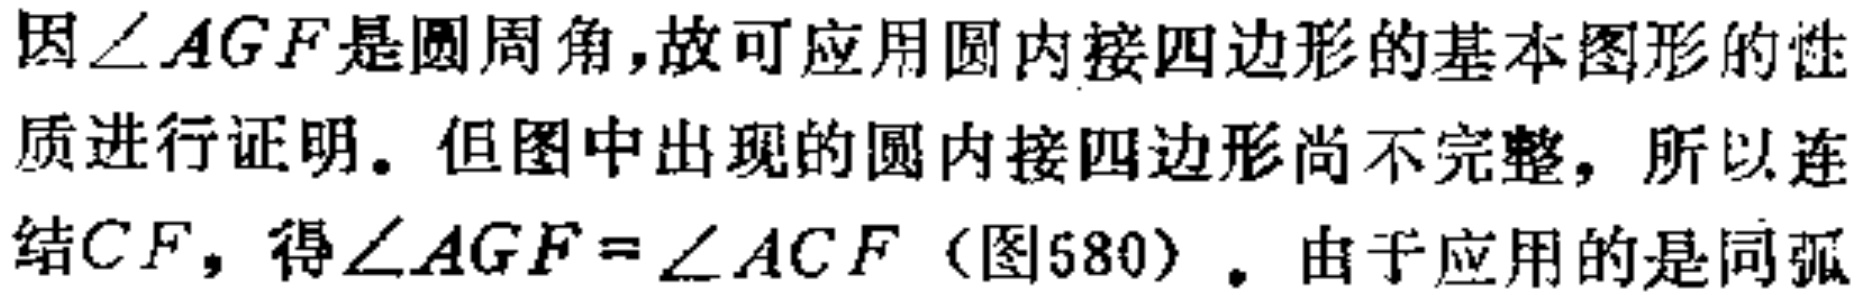
因\(\angle AGF\)是圆周角,故可应用圆内接四边形的基本图形的性质进行证明。但图中出现的圆内接四边形尚不完整，所以连结\(CF\)，得\(\angle AGF = \angle ACF\)（图580）。由于应用的是同弧